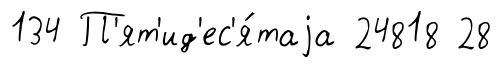
134 П'ят'ид'ес'я́таjа 24818 28